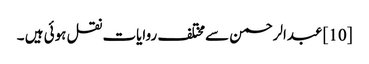
[10] عبدالرحمن سےمختلف روایات نقل ہوئی ہیں ۔